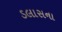
ડલાસના